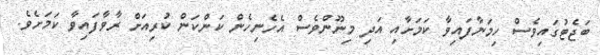
ބަޖެޓުގައިވެސް ހިމަނާފައިވާ ކަމަށާއި އަދި މިނޫންވެސް އެހެނިހެން ކަންކަން ކުރިއަށް ރާވާފައިވާ ކަމަށެވެ.